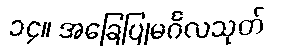
၁၄။ အခြေပြုမင်္ဂလသုတ်